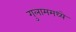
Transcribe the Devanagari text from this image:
गुलाममध्ये